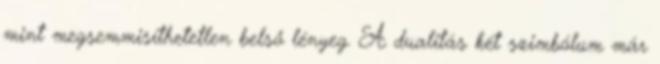
mint megsemmisíthetetlen belső lényeg. A dualitás két szimbólum már